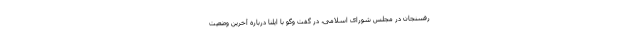
رفسنجان در مجلس شورای اسلامی، در گفت وگو با ایلنا درباره آخرین وضعیت